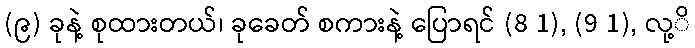
(၉) ခုနဲ့ စုထားတယ်၊ ခုခေတ် စကားနဲ့ ပြောရင် (8 1), (9 1), လု့ိ